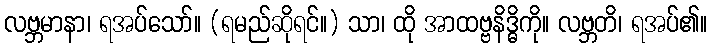
လဗ္ဘမာနာ၊ ရအပ်သော်။ (ရမည်ဆိုရင်။) သာ၊ ထို အာထဗ္ဗနိဒ္ဓိကို။ လဗ္ဘတိ၊ ရအပ်၏။